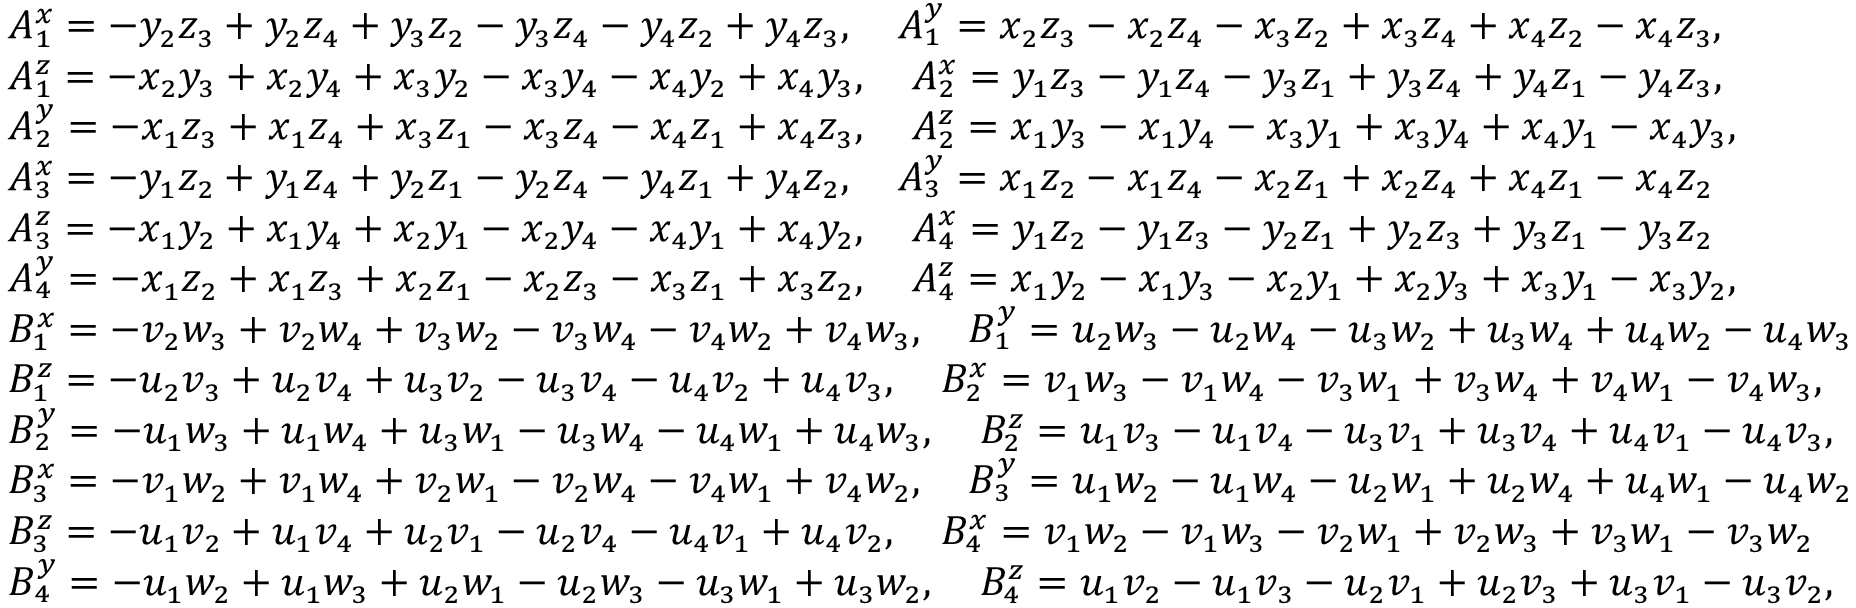
\small \begin{array} { r l } & { A _ { 1 } ^ { x } = - y _ { 2 } z _ { 3 } + y _ { 2 } z _ { 4 } + y _ { 3 } z _ { 2 } - y _ { 3 } z _ { 4 } - y _ { 4 } z _ { 2 } + y _ { 4 } z _ { 3 } , \quad A _ { 1 } ^ { y } = x _ { 2 } z _ { 3 } - x _ { 2 } z _ { 4 } - x _ { 3 } z _ { 2 } + x _ { 3 } z _ { 4 } + x _ { 4 } z _ { 2 } - x _ { 4 } z _ { 3 } , } \\ & { A _ { 1 } ^ { z } = - x _ { 2 } y _ { 3 } + x _ { 2 } y _ { 4 } + x _ { 3 } y _ { 2 } - x _ { 3 } y _ { 4 } - x _ { 4 } y _ { 2 } + x _ { 4 } y _ { 3 } , \quad A _ { 2 } ^ { x } = y _ { 1 } z _ { 3 } - y _ { 1 } z _ { 4 } - y _ { 3 } z _ { 1 } + y _ { 3 } z _ { 4 } + y _ { 4 } z _ { 1 } - y _ { 4 } z _ { 3 } , } \\ & { A _ { 2 } ^ { y } = - x _ { 1 } z _ { 3 } + x _ { 1 } z _ { 4 } + x _ { 3 } z _ { 1 } - x _ { 3 } z _ { 4 } - x _ { 4 } z _ { 1 } + x _ { 4 } z _ { 3 } , \quad A _ { 2 } ^ { z } = x _ { 1 } y _ { 3 } - x _ { 1 } y _ { 4 } - x _ { 3 } y _ { 1 } + x _ { 3 } y _ { 4 } + x _ { 4 } y _ { 1 } - x _ { 4 } y _ { 3 } , } \\ & { A _ { 3 } ^ { x } = - y _ { 1 } z _ { 2 } + y _ { 1 } z _ { 4 } + y _ { 2 } z _ { 1 } - y _ { 2 } z _ { 4 } - y _ { 4 } z _ { 1 } + y _ { 4 } z _ { 2 } , \quad A _ { 3 } ^ { y } = x _ { 1 } z _ { 2 } - x _ { 1 } z _ { 4 } - x _ { 2 } z _ { 1 } + x _ { 2 } z _ { 4 } + x _ { 4 } z _ { 1 } - x _ { 4 } z _ { 2 } } \\ & { A _ { 3 } ^ { z } = - x _ { 1 } y _ { 2 } + x _ { 1 } y _ { 4 } + x _ { 2 } y _ { 1 } - x _ { 2 } y _ { 4 } - x _ { 4 } y _ { 1 } + x _ { 4 } y _ { 2 } , \quad A _ { 4 } ^ { x } = y _ { 1 } z _ { 2 } - y _ { 1 } z _ { 3 } - y _ { 2 } z _ { 1 } + y _ { 2 } z _ { 3 } + y _ { 3 } z _ { 1 } - y _ { 3 } z _ { 2 } } \\ & { A _ { 4 } ^ { y } = - x _ { 1 } z _ { 2 } + x _ { 1 } z _ { 3 } + x _ { 2 } z _ { 1 } - x _ { 2 } z _ { 3 } - x _ { 3 } z _ { 1 } + x _ { 3 } z _ { 2 } , \quad A _ { 4 } ^ { z } = x _ { 1 } y _ { 2 } - x _ { 1 } y _ { 3 } - x _ { 2 } y _ { 1 } + x _ { 2 } y _ { 3 } + x _ { 3 } y _ { 1 } - x _ { 3 } y _ { 2 } , } \\ & { B _ { 1 } ^ { x } = - v _ { 2 } w _ { 3 } + v _ { 2 } w _ { 4 } + v _ { 3 } w _ { 2 } - v _ { 3 } w _ { 4 } - v _ { 4 } w _ { 2 } + v _ { 4 } w _ { 3 } , \quad B _ { 1 } ^ { y } = u _ { 2 } w _ { 3 } - u _ { 2 } w _ { 4 } - u _ { 3 } w _ { 2 } + u _ { 3 } w _ { 4 } + u _ { 4 } w _ { 2 } - u _ { 4 } w _ { 3 } } \\ & { B _ { 1 } ^ { z } = - u _ { 2 } v _ { 3 } + u _ { 2 } v _ { 4 } + u _ { 3 } v _ { 2 } - u _ { 3 } v _ { 4 } - u _ { 4 } v _ { 2 } + u _ { 4 } v _ { 3 } , \quad B _ { 2 } ^ { x } = v _ { 1 } w _ { 3 } - v _ { 1 } w _ { 4 } - v _ { 3 } w _ { 1 } + v _ { 3 } w _ { 4 } + v _ { 4 } w _ { 1 } - v _ { 4 } w _ { 3 } , } \\ & { B _ { 2 } ^ { y } = - u _ { 1 } w _ { 3 } + u _ { 1 } w _ { 4 } + u _ { 3 } w _ { 1 } - u _ { 3 } w _ { 4 } - u _ { 4 } w _ { 1 } + u _ { 4 } w _ { 3 } , \quad B _ { 2 } ^ { z } = u _ { 1 } v _ { 3 } - u _ { 1 } v _ { 4 } - u _ { 3 } v _ { 1 } + u _ { 3 } v _ { 4 } + u _ { 4 } v _ { 1 } - u _ { 4 } v _ { 3 } , } \\ & { B _ { 3 } ^ { x } = - v _ { 1 } w _ { 2 } + v _ { 1 } w _ { 4 } + v _ { 2 } w _ { 1 } - v _ { 2 } w _ { 4 } - v _ { 4 } w _ { 1 } + v _ { 4 } w _ { 2 } , \quad B _ { 3 } ^ { y } = u _ { 1 } w _ { 2 } - u _ { 1 } w _ { 4 } - u _ { 2 } w _ { 1 } + u _ { 2 } w _ { 4 } + u _ { 4 } w _ { 1 } - u _ { 4 } w _ { 2 } } \\ & { B _ { 3 } ^ { z } = - u _ { 1 } v _ { 2 } + u _ { 1 } v _ { 4 } + u _ { 2 } v _ { 1 } - u _ { 2 } v _ { 4 } - u _ { 4 } v _ { 1 } + u _ { 4 } v _ { 2 } , \quad B _ { 4 } ^ { x } = v _ { 1 } w _ { 2 } - v _ { 1 } w _ { 3 } - v _ { 2 } w _ { 1 } + v _ { 2 } w _ { 3 } + v _ { 3 } w _ { 1 } - v _ { 3 } w _ { 2 } } \\ & { B _ { 4 } ^ { y } = - u _ { 1 } w _ { 2 } + u _ { 1 } w _ { 3 } + u _ { 2 } w _ { 1 } - u _ { 2 } w _ { 3 } - u _ { 3 } w _ { 1 } + u _ { 3 } w _ { 2 } , \quad B _ { 4 } ^ { z } = u _ { 1 } v _ { 2 } - u _ { 1 } v _ { 3 } - u _ { 2 } v _ { 1 } + u _ { 2 } v _ { 3 } + u _ { 3 } v _ { 1 } - u _ { 3 } v _ { 2 } , } \end{array}